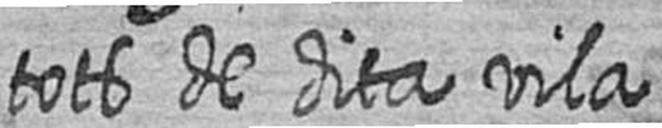
tots de dita vila